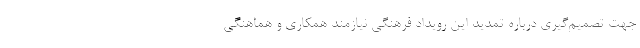
جهت تصمیم‌گیری درباره تمدید این رویداد فرهنگی نیازمند همکاری و هماهنگی